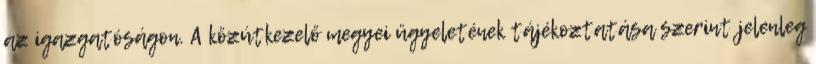
az igazgatóságon. A közútkezelő megyei ügyeletének tájékoztatása szerint jelenleg